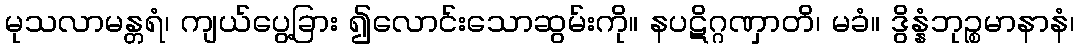
မုသလာမန္တရံ၊ ကျယ်ပွေ့ခြား ၍လောင်းသောဆွမ်းကို။ နပဋိဂ္ဂဏှာတိ၊ မခံ။ ဒွိန္နံဘုဉ္စမာနာနံ၊